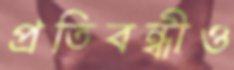
প্রতিবন্ধীও